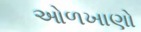
ઓળખાણો